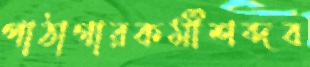
পাঠাগারকর্মীশব্দব